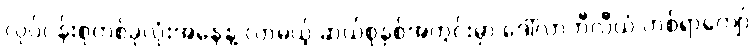
လုပ်ငန်းစုတစ်ခုလုံးအနေနဲ့ လာမယ့် ဆယ်စုနှစ်အတွင်းမှာ ဒေါ်လာဘီလီယံ တစ်ရာကျော်